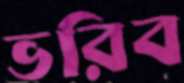
ভরিব